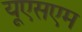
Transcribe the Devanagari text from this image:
यूएसएम